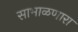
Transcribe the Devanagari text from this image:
साभाळणारा